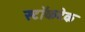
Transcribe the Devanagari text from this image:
स्टॉकटेक